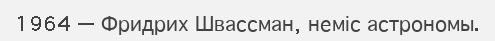
1964 — Фридрих Швассман, неміс астрономы.